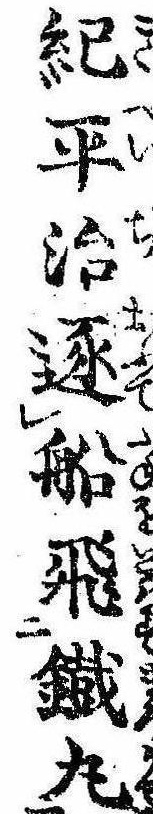
紀平治逐船飛鉄丸